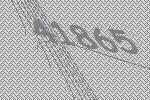
41865